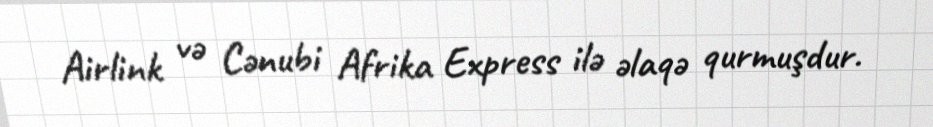
Airlink və Cənubi Afrika Express ilə əlaqə qurmuşdur.